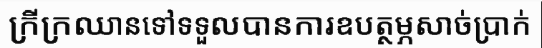
ក្រីក្រឈានទៅទទួលបានការឧបត្ថម្ភសាច់ប្រាក់